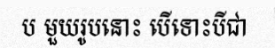
ប មួយរូបនោះ បើទោះបីជា